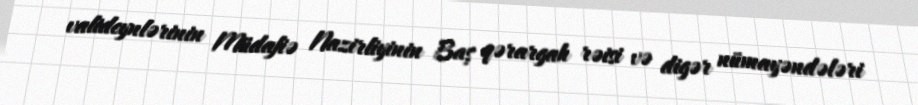
valideynlərinin Müdafiə Nazirliyinin Baş qərargah rəisi və digər nümayəndələri